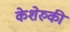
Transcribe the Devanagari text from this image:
केशेरुकी